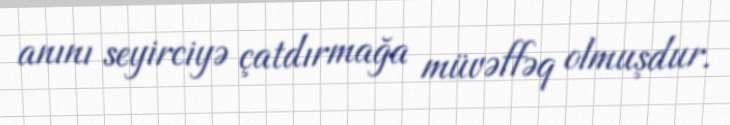
anını seyirciyə çatdırmağa müvəffəq olmuşdur.